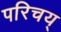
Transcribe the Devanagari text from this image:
परिचय्